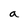
Character: a